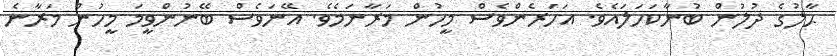
ޙާލުގެ ދުލުން ބުނާކަހަލައެވެ. އަހަރެންވެސް މީހުން މަރާނަމެވެ. އޭނަވެސް ބޭނުންވީމަ މީހުން މަރާނެ